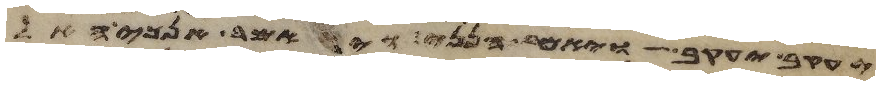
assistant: יעקב יעקב ויאמר הנני ויאמר אנכי האל